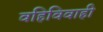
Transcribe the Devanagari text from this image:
वहिविवाही